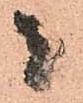
者